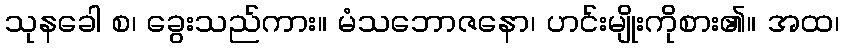
သုနခေါ စ၊ ခွေးသည်ကား။ မံသဘောဇနော၊ ဟင်းမျိုးကိုစား၏။ အထ၊